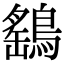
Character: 鷂